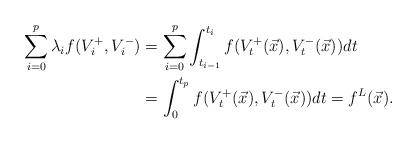
LaTeX: \begin{align*}\sum_{i=0}^p\lambda_if(V_i^+,V_i^-)&=\sum_{i=0}^p \int_{t_{i-1}}^{t_i}f(V_t^+(\vec x),V_t^-(\vec x))dt\\&=\int_{0}^{t_p}f(V_t^+(\vec x),V_t^-(\vec x))dt=f^L(\vec x).\end{align*}